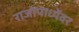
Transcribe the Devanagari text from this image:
राजोपाध्येंवर